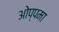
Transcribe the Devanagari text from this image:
ओप्पमा